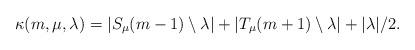
LaTeX: \begin{align*}\kappa(m,\mu,\lambda) = |S_\mu(m-1) \setminus \lambda| + |T_\mu(m+1) \setminus \lambda| + |\lambda|/2.\end{align*}